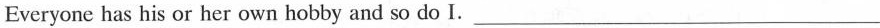
Everyone has his or her own hobby and so do I. ___